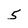
Character: 5